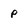
Character: p